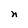
Character: n